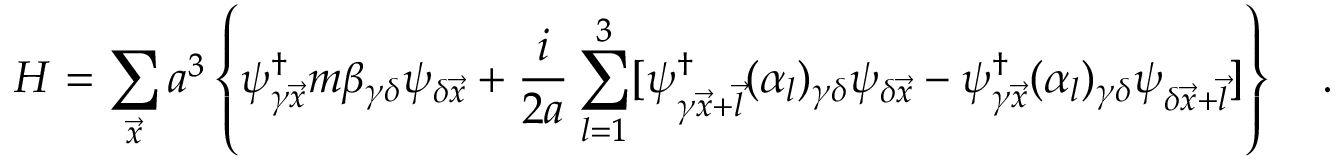
H = \sum _ { \vec { x } } a ^ { 3 } \left\{ \psi _ { \gamma \vec { x } } ^ { \dagger } m \beta _ { \gamma \delta } \psi _ { \delta \vec { x } } + \frac { i } { 2 a } \sum _ { l = 1 } ^ { 3 } [ \psi _ { \gamma \vec { x } + \vec { l } } ^ { \dagger } ( \alpha _ { l } ) _ { \gamma \delta } \psi _ { \delta \vec { x } } - \psi _ { \gamma \vec { x } } ^ { \dagger } ( \alpha _ { l } ) _ { \gamma \delta } \psi _ { \delta \vec { x } + \vec { l } } ] \right\} \quad .